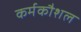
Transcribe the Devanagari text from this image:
कर्मकौशल